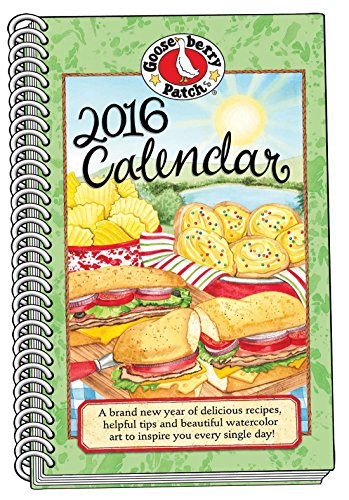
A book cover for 2016 Gooseberry Patch Appointment Calendar (Gooseberry Patch Calendars); Gooseberry Patch; Calendars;